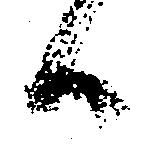
候